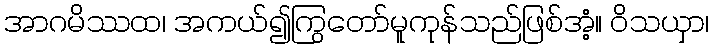
အာဂမိဿထ၊ အကယ်၍ကြွတော်မူကုန်သည်ဖြစ်အံ့။ ဝိသယှာ၊